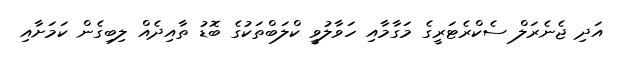
އަދި ޖެނެރަލް ސެކްރެޓަރީގެ މަގާމާއި ހަވާލުވީ ކްލަބްތަކުގެ ބޮޑު ތާއިދެއް ލިބިގެން ކަމަށާއި